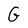
Character: G